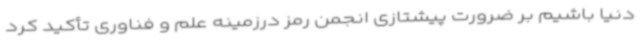
دنیا باشیم بر ضرورت پیشتازی انجمن رمز درزمینه علم و فناوری تأکید کرد